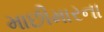
માછીમારના